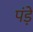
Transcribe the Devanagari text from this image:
पंड़े